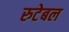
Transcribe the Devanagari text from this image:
रुटेबल